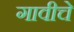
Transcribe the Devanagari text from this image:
गावीचे